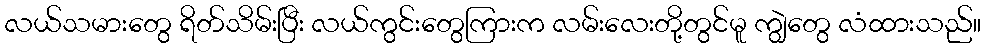
လယ်သမားတွေ ရိတ်သိမ်းပြီး လယ်ကွင်းတွေကြားက လမ်းလေးတို့တွင်မူ ကျွဲတွေ လံထားသည်။